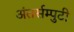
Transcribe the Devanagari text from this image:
अंतर्सम्पुटी